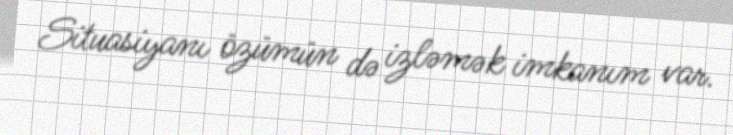
Situasiyanı özümün də izləmək imkanım var.